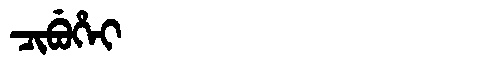
Manchu: ᠴᡳᠪᡠᡥᡝᡳ
Romanization: CIBUHEI